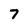
Character: 7